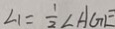
\angle 1 = \frac { 1 } { 2 } \angle A G E